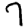
Digit: 7